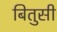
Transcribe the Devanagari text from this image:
बितुसी